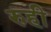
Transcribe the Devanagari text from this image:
रुही